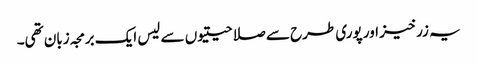
یہ زرخیز اور پوری طرح سے صلاحیتیوں سے لیس ایک برمجہ زبان تھی۔